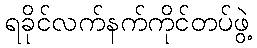
ရခိုင်လက်နက်ကိုင်တပ်ဖွဲ့